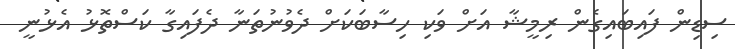
ސިޑިން ފައިބައިގެން ރިމީޝާ އަށް ވަކި ހިސާބަކަށް ދެވުނުތަނާ ދެފައިގާ ކަސްތޮޅު އެޅުނީ